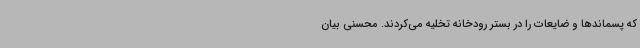
که پسماندها و ضایعات را در بستر رودخانه تخلیه می‌کردند. محسنی بیان